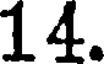
14.